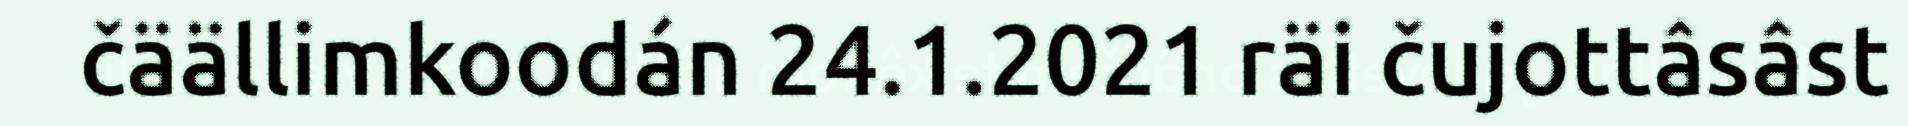
čäällimkoodán 24.1.2021 räi čujottâsâst